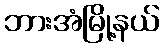
ဘားအံမြို့နယ်